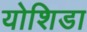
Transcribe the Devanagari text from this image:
योशिडा